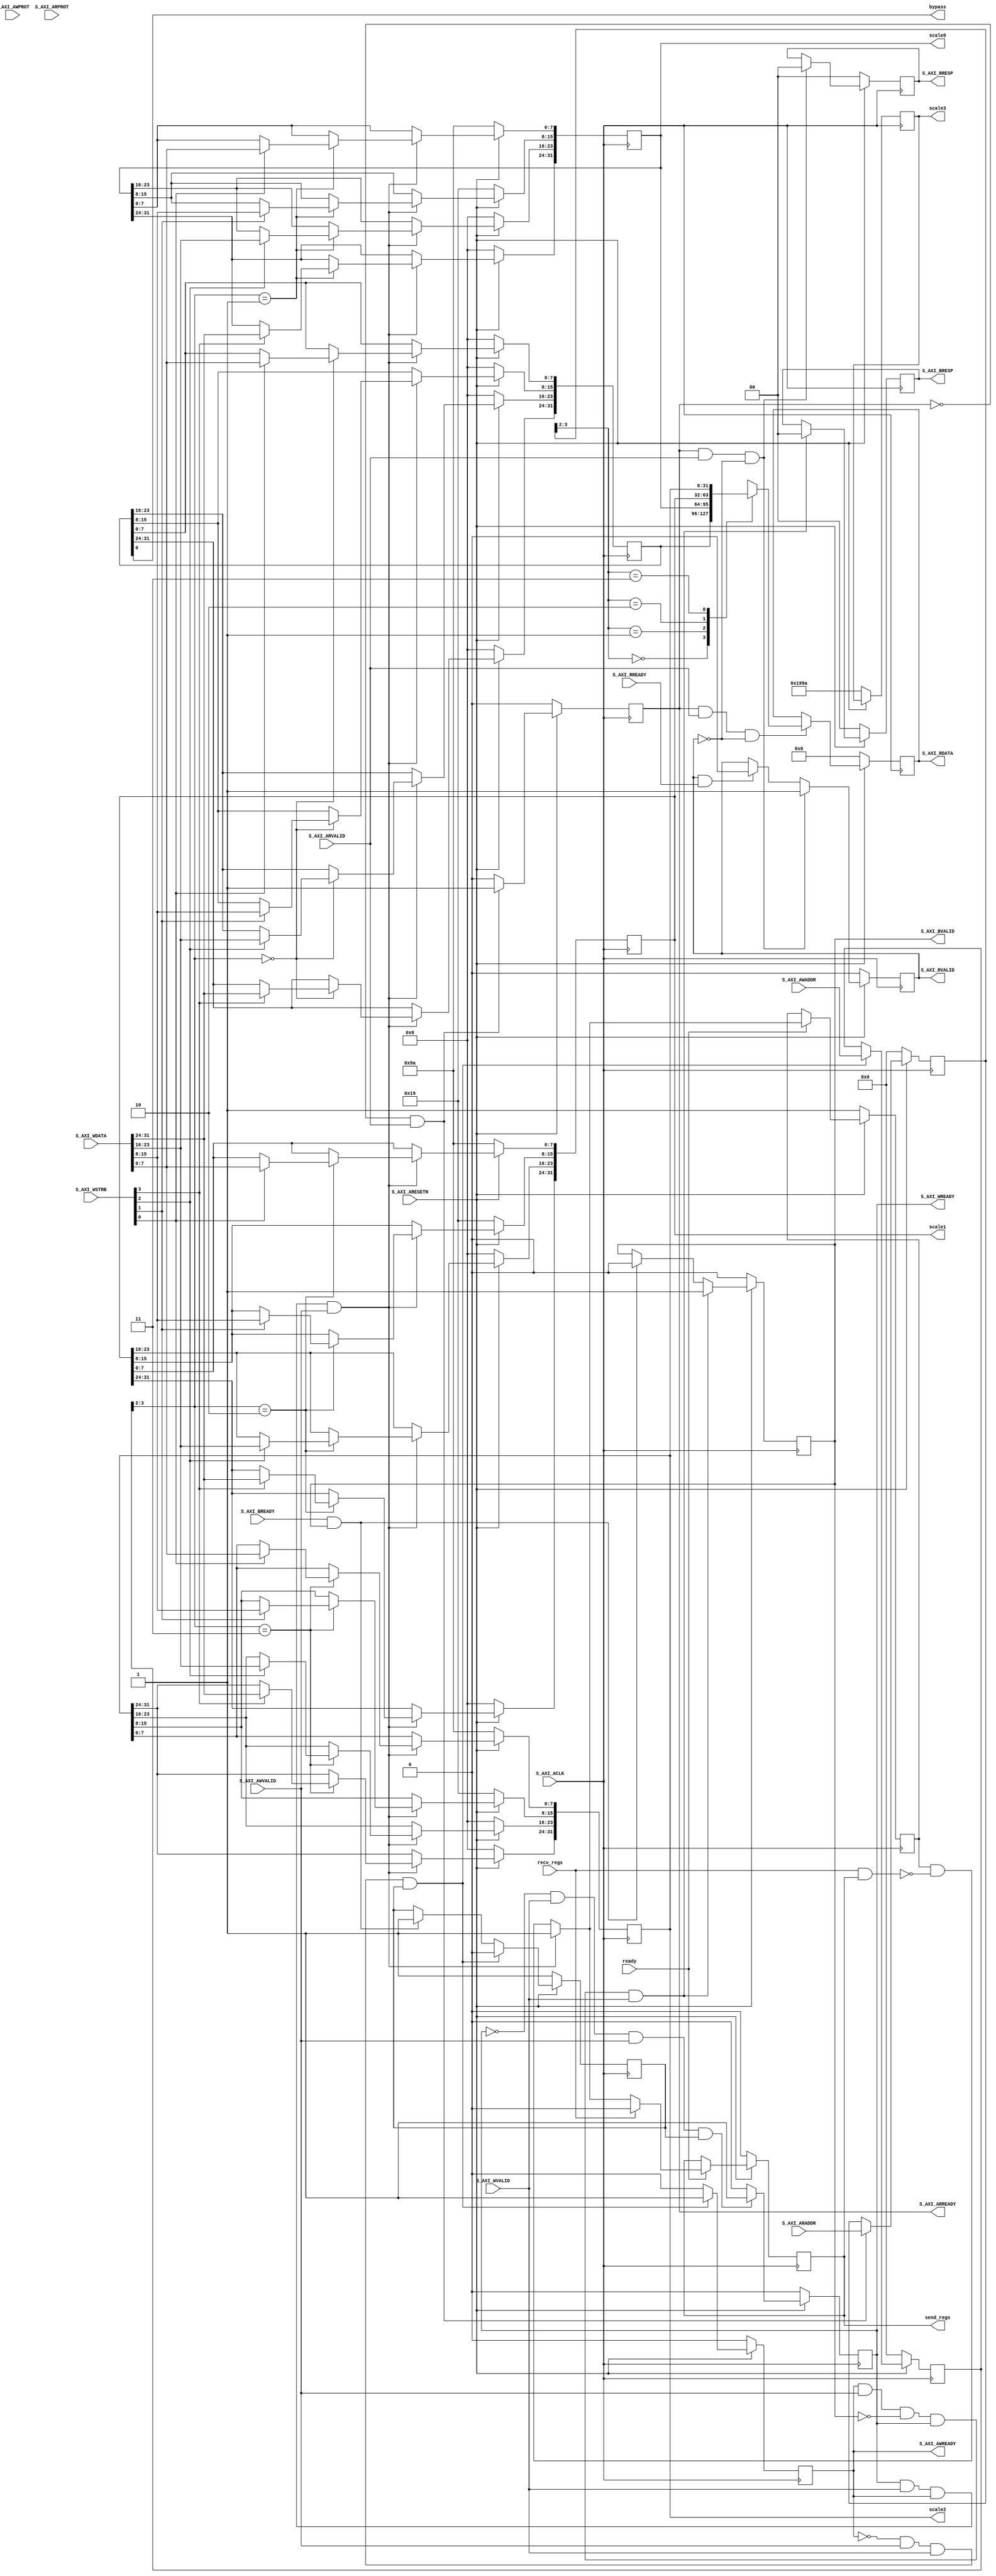
module RFStreamAdder_v1_0_S00_AXI #
	(
		// Users to add parameters here
        parameter integer INITIAL_BYPASS        = 1'b0,
		parameter integer INITIAL_SCALE0        = 32'h0000_199a,
		parameter integer INITIAL_SCALE1        = 32'h0000_199a,
		parameter integer INITIAL_SCALE2        = 32'h0000_199a,
		parameter integer INITIAL_SCALE3        = 32'h0000_199a,
		// User parameters ends
		// Do not modify the parameters beyond this line

		// Width of S_AXI data bus
		parameter integer C_S_AXI_DATA_WIDTH	= 32,
		// Width of S_AXI address bus
		parameter integer C_S_AXI_ADDR_WIDTH	= 4
	)
	(
		// Users to add ports here
		output wire bypass,
        output reg [C_S_AXI_DATA_WIDTH-1:0]	scale0,
        output reg [C_S_AXI_DATA_WIDTH-1:0]	scale1,
        output reg [C_S_AXI_DATA_WIDTH-1:0]	scale2,
        output reg [C_S_AXI_DATA_WIDTH-1:0]	scale3,
        output reg send_regs,
        input wire recv_regs,
        input wire ready,
		// User ports ends
		// Do not modify the ports beyond this line

		// Global Clock Signal
		input wire  S_AXI_ACLK,
		// Global Reset Signal. This Signal is Active LOW
		input wire  S_AXI_ARESETN,
		// Write address (issued by master, acceped by Slave)
		input wire [C_S_AXI_ADDR_WIDTH-1 : 0] S_AXI_AWADDR,
		// Write channel Protection type. This signal indicates the
    		// privilege and security level of the transaction, and whether
    		// the transaction is a data access or an instruction access.
		input wire [2 : 0] S_AXI_AWPROT,
		// Write address valid. This signal indicates that the master signaling
    		// valid write address and control information.
		input wire  S_AXI_AWVALID,
		// Write address ready. This signal indicates that the slave is ready
    		// to accept an address and associated control signals.
		output wire  S_AXI_AWREADY,
		// Write data (issued by master, acceped by Slave) 
		input wire [C_S_AXI_DATA_WIDTH-1 : 0] S_AXI_WDATA,
		// Write strobes. This signal indicates which byte lanes hold
    		// valid data. There is one write strobe bit for each eight
    		// bits of the write data bus.    
		input wire [(C_S_AXI_DATA_WIDTH/8)-1 : 0] S_AXI_WSTRB,
		// Write valid. This signal indicates that valid write
    		// data and strobes are available.
		input wire  S_AXI_WVALID,
		// Write ready. This signal indicates that the slave
    		// can accept the write data.
		output wire  S_AXI_WREADY,
		// Write response. This signal indicates the status
    		// of the write transaction.
		output wire [1 : 0] S_AXI_BRESP,
		// Write response valid. This signal indicates that the channel
    		// is signaling a valid write response.
		output wire  S_AXI_BVALID,
		// Response ready. This signal indicates that the master
    		// can accept a write response.
		input wire  S_AXI_BREADY,
		// Read address (issued by master, acceped by Slave)
		input wire [C_S_AXI_ADDR_WIDTH-1 : 0] S_AXI_ARADDR,
		// Protection type. This signal indicates the privilege
    		// and security level of the transaction, and whether the
    		// transaction is a data access or an instruction access.
		input wire [2 : 0] S_AXI_ARPROT,
		// Read address valid. This signal indicates that the channel
    		// is signaling valid read address and control information.
		input wire  S_AXI_ARVALID,
		// Read address ready. This signal indicates that the slave is
    		// ready to accept an address and associated control signals.
		output wire  S_AXI_ARREADY,
		// Read data (issued by slave)
		output wire [C_S_AXI_DATA_WIDTH-1 : 0] S_AXI_RDATA,
		// Read response. This signal indicates the status of the
    		// read transfer.
		output wire [1 : 0] S_AXI_RRESP,
		// Read valid. This signal indicates that the channel is
    		// signaling the required read data.
		output wire  S_AXI_RVALID,
		// Read ready. This signal indicates that the master can
    		// accept the read data and response information.
		input wire  S_AXI_RREADY
	);

	// AXI4LITE signals
	reg [C_S_AXI_ADDR_WIDTH-1 : 0] 	axi_awaddr;
	reg  	axi_awready;
	reg  	axi_wready;
	reg [1 : 0] 	axi_bresp;
	reg  	axi_bvalid;
	reg [C_S_AXI_ADDR_WIDTH-1 : 0] 	axi_araddr;
	reg  	axi_arready;
	reg [C_S_AXI_DATA_WIDTH-1 : 0] 	axi_rdata;
	reg [1 : 0] 	axi_rresp;
	reg  	axi_rvalid;

	// Example-specific design signals
	// local parameter for addressing 32 bit / 64 bit C_S_AXI_DATA_WIDTH
	// ADDR_LSB is used for addressing 32/64 bit registers/memories
	// ADDR_LSB = 2 for 32 bits (n downto 2)
	// ADDR_LSB = 3 for 64 bits (n downto 3)
	localparam integer ADDR_LSB = (C_S_AXI_DATA_WIDTH/32) + 1;
	localparam integer OPT_MEM_ADDR_BITS = 1;
	//----------------------------------------------
	//-- Signals for user logic register space example
	//------------------------------------------------
	//-- Number of Slave Registers 4
	reg [C_S_AXI_DATA_WIDTH-1:0]	ctrl_reg;
	reg [C_S_AXI_DATA_WIDTH-1:0]	slv_reg2;
	reg [C_S_AXI_DATA_WIDTH-1:0]	slv_reg3;
	wire	 slv_reg_rden;
	wire	 slv_reg_wren;
	reg [C_S_AXI_DATA_WIDTH-1:0]	 reg_data_out;
	integer	 byte_index;
	reg	 aw_en;

	// I/O Connections assignments

	assign S_AXI_AWREADY	= axi_awready;
	assign S_AXI_WREADY	= axi_wready;
	assign S_AXI_BRESP	= axi_bresp;
	assign S_AXI_BVALID	= axi_bvalid;
	assign S_AXI_ARREADY	= axi_arready;
	assign S_AXI_RDATA	= axi_rdata;
	assign S_AXI_RRESP	= axi_rresp;
	assign S_AXI_RVALID	= axi_rvalid;
	// Implement axi_awready generation
	// axi_awready is asserted for one S_AXI_ACLK clock cycle when both
	// S_AXI_AWVALID and S_AXI_WVALID are asserted. axi_awready is
	// de-asserted when reset is low.

    assign bypass = ctrl_reg[0];

    reg need_write;
    
    always @(posedge S_AXI_ACLK) 
    begin
        if (~S_AXI_ARESETN) begin
            send_regs <= 1'b0;
            need_write <= 1'b1;
        end else if (ready) begin
            need_write = slv_reg_wren ? 1'b1 : (need_write & ~(recv_regs & send_regs)); 
            
            if (send_regs) begin
                if (recv_regs) begin
                    send_regs <= 1'b0;
                end
            end if (~recv_regs) begin
                send_regs <= need_write;
            end
        end
    end

	always @( posedge S_AXI_ACLK )
	begin
	  if ( S_AXI_ARESETN == 1'b0 )
	    begin
	      axi_awready <= 1'b0;
	      aw_en <= 1'b1;
	    end 
	  else
	    begin    
	      if (~axi_awready && S_AXI_AWVALID && S_AXI_WVALID && aw_en)
	        begin
	          // slave is ready to accept write address when 
	          // there is a valid write address and write data
	          // on the write address and data bus. This design 
	          // expects no outstanding transactions. 
	          axi_awready <= 1'b1;
	          aw_en <= 1'b0;
	        end
	        else if (S_AXI_BREADY && axi_bvalid)
	            begin
	              aw_en <= 1'b1;
	              axi_awready <= 1'b0;
	            end
	      else           
	        begin
	          axi_awready <= 1'b0;
	        end
	    end 
	end       

	// Implement axi_awaddr latching
	// This process is used to latch the address when both 
	// S_AXI_AWVALID and S_AXI_WVALID are valid. 

	always @( posedge S_AXI_ACLK )
	begin
	  if ( S_AXI_ARESETN == 1'b0 )
	    begin
	      axi_awaddr <= 0;
	    end 
	  else
	    begin    
	      if (~axi_awready && S_AXI_AWVALID && S_AXI_WVALID && aw_en)
	        begin
	          // Write Address latching 
	          axi_awaddr <= S_AXI_AWADDR;
	        end
	    end 
	end       

	// Implement axi_wready generation
	// axi_wready is asserted for one S_AXI_ACLK clock cycle when both
	// S_AXI_AWVALID and S_AXI_WVALID are asserted. axi_wready is 
	// de-asserted when reset is low. 

	always @( posedge S_AXI_ACLK )
	begin
	  if ( S_AXI_ARESETN == 1'b0 )
	    begin
	      axi_wready <= 1'b0;
	    end 
	  else
	    begin    
	      if (~axi_wready && S_AXI_WVALID && S_AXI_AWVALID && aw_en )
	        begin
	          // slave is ready to accept write data when 
	          // there is a valid write address and write data
	          // on the write address and data bus. This design 
	          // expects no outstanding transactions. 
	          axi_wready <= 1'b1;
	        end
	      else
	        begin
	          axi_wready <= 1'b0;
	        end
	    end 
	end       

	// Implement memory mapped register select and write logic generation
	// The write data is accepted and written to memory mapped registers when
	// axi_awready, S_AXI_WVALID, axi_wready and S_AXI_WVALID are asserted. Write strobes are used to
	// select byte enables of slave registers while writing.
	// These registers are cleared when reset (active low) is applied.
	// Slave register write enable is asserted when valid address and data are available
	// and the slave is ready to accept the write address and write data.
	assign slv_reg_wren = axi_wready && S_AXI_WVALID && axi_awready && S_AXI_AWVALID;

	always @( posedge S_AXI_ACLK )
	begin
	  if ( S_AXI_ARESETN == 1'b0 )
	    begin
	      ctrl_reg <= { 31'b0, INITIAL_BYPASS };
	      scale0 <= INITIAL_SCALE0;
	      scale1 <= INITIAL_SCALE1;
	      scale2 <= INITIAL_SCALE2;
	      scale3 <= INITIAL_SCALE3;
	    end 
	  else begin
	    if (slv_reg_wren)
	      begin
	        case ( axi_awaddr[ADDR_LSB+OPT_MEM_ADDR_BITS:ADDR_LSB] )
	          2'h0:
	            for ( byte_index = 0; byte_index <= (C_S_AXI_DATA_WIDTH/8)-1; byte_index = byte_index+1 )
	              if ( S_AXI_WSTRB[byte_index] == 1 ) begin
	                // Respective byte enables are asserted as per write strobes 
	                // Slave register 0
	                ctrl_reg[(byte_index*8) +: 8] <= S_AXI_WDATA[(byte_index*8) +: 8];
	              end  
	          2'h1:
	            for ( byte_index = 0; byte_index <= (C_S_AXI_DATA_WIDTH/8)-1; byte_index = byte_index+1 )
	              if ( S_AXI_WSTRB[byte_index] == 1 ) begin
	                // Respective byte enables are asserted as per write strobes 
	                // Slave register 1
	                scale0[(byte_index*8) +: 8] <= S_AXI_WDATA[(byte_index*8) +: 8];
	              end  
	          2'h2:
	            for ( byte_index = 0; byte_index <= (C_S_AXI_DATA_WIDTH/8)-1; byte_index = byte_index+1 )
	              if ( S_AXI_WSTRB[byte_index] == 1 ) begin
	                // Respective byte enables are asserted as per write strobes 
	                // Slave register 1
	                scale1[(byte_index*8) +: 8] <= S_AXI_WDATA[(byte_index*8) +: 8];
	              end  
	          2'h3:
	            for ( byte_index = 0; byte_index <= (C_S_AXI_DATA_WIDTH/8)-1; byte_index = byte_index+1 )
	              if ( S_AXI_WSTRB[byte_index] == 1 ) begin
	                // Respective byte enables are asserted as per write strobes 
	                // Slave register 1
	                scale2[(byte_index*8) +: 8] <= S_AXI_WDATA[(byte_index*8) +: 8];
	              end  
	          2'h4:
	            for ( byte_index = 0; byte_index <= (C_S_AXI_DATA_WIDTH/8)-1; byte_index = byte_index+1 )
	              if ( S_AXI_WSTRB[byte_index] == 1 ) begin
	                // Respective byte enables are asserted as per write strobes 
	                // Slave register 1
	                scale3[(byte_index*8) +: 8] <= S_AXI_WDATA[(byte_index*8) +: 8];
	              end  
	          default : begin
	                      ctrl_reg <= ctrl_reg;
	                      scale0 <= scale0;
	                      scale1 <= scale1;
	                      scale2 <= scale2;
	                      scale3 <= scale3;
	                    end
	        endcase
	      end
	  end
	end    

	// Implement write response logic generation
	// The write response and response valid signals are asserted by the slave 
	// when axi_wready, S_AXI_WVALID, axi_wready and S_AXI_WVALID are asserted.  
	// This marks the acceptance of address and indicates the status of 
	// write transaction.

	always @( posedge S_AXI_ACLK )
	begin
	  if ( S_AXI_ARESETN == 1'b0 )
	    begin
	      axi_bvalid  <= 0;
	      axi_bresp   <= 2'b0;
	    end 
	  else
	    begin    
	      if (axi_awready && S_AXI_AWVALID && ~axi_bvalid && axi_wready && S_AXI_WVALID)
	        begin
	          // indicates a valid write response is available
	          axi_bvalid <= 1'b1;
	          axi_bresp  <= 2'b0; // 'OKAY' response 
	        end                   // work error responses in future
	      else
	        begin
	          if (S_AXI_BREADY && axi_bvalid) 
	            //check if bready is asserted while bvalid is high) 
	            //(there is a possibility that bready is always asserted high)   
	            begin
	              axi_bvalid <= 1'b0; 
	            end  
	        end
	    end
	end   

	// Implement axi_arready generation
	// axi_arready is asserted for one S_AXI_ACLK clock cycle when
	// S_AXI_ARVALID is asserted. axi_awready is 
	// de-asserted when reset (active low) is asserted. 
	// The read address is also latched when S_AXI_ARVALID is 
	// asserted. axi_araddr is reset to zero on reset assertion.

	always @( posedge S_AXI_ACLK )
	begin
	  if ( S_AXI_ARESETN == 1'b0 )
	    begin
	      axi_arready <= 1'b0;
	      axi_araddr  <= 32'b0;
	    end 
	  else
	    begin    
	      if (~axi_arready && S_AXI_ARVALID)
	        begin
	          // indicates that the slave has acceped the valid read address
	          axi_arready <= 1'b1;
	          // Read address latching
	          axi_araddr  <= S_AXI_ARADDR;
	        end
	      else
	        begin
	          axi_arready <= 1'b0;
	        end
	    end 
	end       

	// Implement axi_arvalid generation
	// axi_rvalid is asserted for one S_AXI_ACLK clock cycle when both 
	// S_AXI_ARVALID and axi_arready are asserted. The slave registers 
	// data are available on the axi_rdata bus at this instance. The 
	// assertion of axi_rvalid marks the validity of read data on the 
	// bus and axi_rresp indicates the status of read transaction.axi_rvalid 
	// is deasserted on reset (active low). axi_rresp and axi_rdata are 
	// cleared to zero on reset (active low).  
	always @( posedge S_AXI_ACLK )
	begin
	  if ( S_AXI_ARESETN == 1'b0 )
	    begin
	      axi_rvalid <= 0;
	      axi_rresp  <= 0;
	    end 
	  else
	    begin    
	      if (axi_arready && S_AXI_ARVALID && ~axi_rvalid)
	        begin
	          // Valid read data is available at the read data bus
	          axi_rvalid <= 1'b1;
	          axi_rresp  <= 2'b0; // 'OKAY' response
	        end   
	      else if (axi_rvalid && S_AXI_RREADY)
	        begin
	          // Read data is accepted by the master
	          axi_rvalid <= 1'b0;
	        end                
	    end
	end    

	// Implement memory mapped register select and read logic generation
	// Slave register read enable is asserted when valid address is available
	// and the slave is ready to accept the read address.
	assign slv_reg_rden = axi_arready & S_AXI_ARVALID & ~axi_rvalid;
	always @(*)
	begin
	      // Address decoding for reading registers
	      case ( axi_araddr[ADDR_LSB+OPT_MEM_ADDR_BITS:ADDR_LSB] )
	        2'h0   : reg_data_out <= ctrl_reg;
	        2'h1   : reg_data_out <= scale0;
	        2'h2   : reg_data_out <= scale1;
	        2'h3   : reg_data_out <= scale2;
	        2'h4   : reg_data_out <= scale3;
	        default : reg_data_out <= 0;
	      endcase
	end

	// Output register or memory read data
	always @( posedge S_AXI_ACLK )
	begin
	  if ( S_AXI_ARESETN == 1'b0 )
	    begin
	      axi_rdata  <= 0;
	    end 
	  else
	    begin    
	      // When there is a valid read address (S_AXI_ARVALID) with 
	      // acceptance of read address by the slave (axi_arready), 
	      // output the read dada 
	      if (slv_reg_rden)
	        begin
	          axi_rdata <= reg_data_out;     // register read data
	        end   
	    end
	end    

	// Add user logic here

	// User logic ends

	endmodule